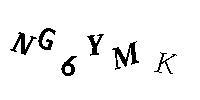
NG6YMK